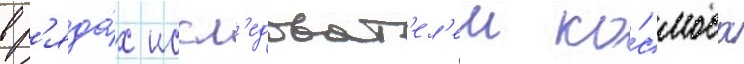
в р'яда́х иссл'едоват'ел'еи ко́смоса